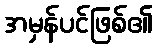
အမှန်ပင်ဖြစ်၏